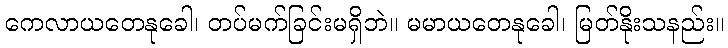
ကေလာယတေနုခေါ၊ တပ်မက်ခြင်းမရှိဘဲ။ မမာယတေနုခေါ၊ မြတ်နိုးသနည်း။